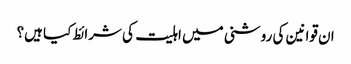
ان قوانین کی روشنی میں اہلیت کی شرائط کیا ہیں؟